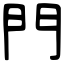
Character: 門